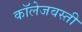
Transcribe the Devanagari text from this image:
कॉलेजवस्ती